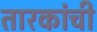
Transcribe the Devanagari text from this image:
तारकांची